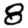
Digit: 8